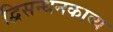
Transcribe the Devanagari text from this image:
द्विसन्धनकाव्य